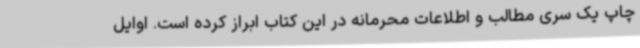
چاپ یک سری مطالب و اطلاعات محرمانه در این کتاب ابراز کرده است. اوایل